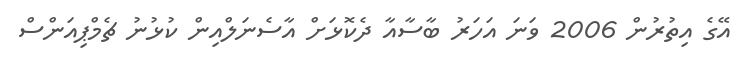
އޭގެ އިތުރުން 2006 ވަނަ އަހަރު ބާސާއާ ދެކޮޅަށް އާސެނަލްއިން ކުޅުނު ޗެމްޕިއަންސް